Insane asylums in Bengal annual reports 1876-1887 - 1876-1887
Year: 1876
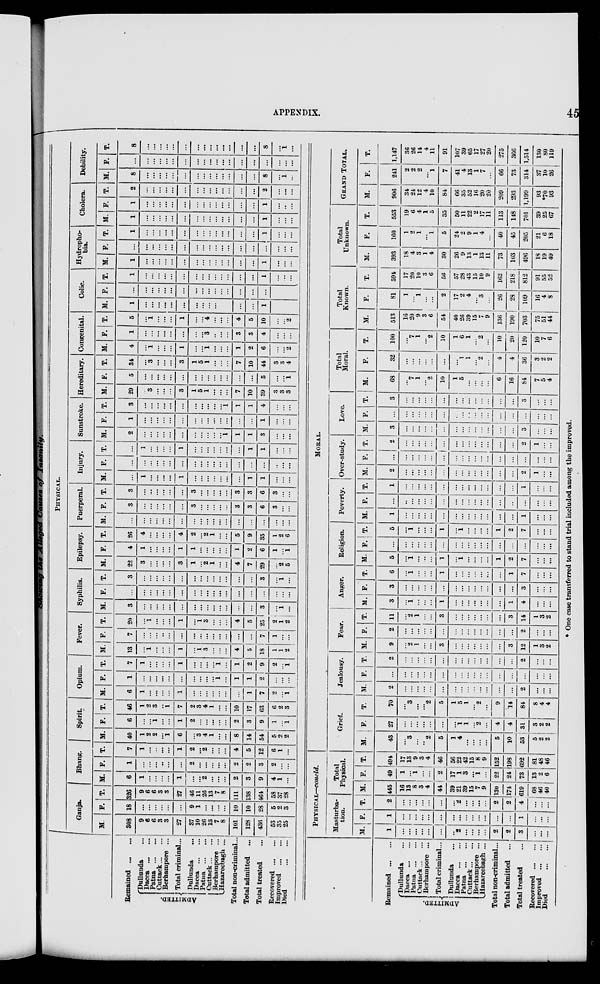
APPENDIX.
45
Showing the Alleged Causes of Insanity.
Remained
...
...
ADMITTED.
Dullunda ...
Dacca ... ...
Patna ... ...
Cuttack ... ...
Berhampore ...
Total criminal...
Dullunda ...
Dacca ... ...
Patna
...
...
Cuttack ... ...
Berhampore ...
Hazareebagh ...
Total non-criminal...
Total admitted ...
Total treated ...
Recovered
...
...
Improved
...
...
Died
...
...
PHYSICAL.
Ganja.
M.
308
9
6
6
3
3
27
37
10
26
13
7
8
101
128
436
53
35
25
F.
18
...
...
...
...
...
...
9
1
...
...
...
...
10
10
28
5
2
3
T.
326
9
6
6
3
3
27
46
11
26
13
7
8
111
138
464
58
37
28
Bhang.
M.
6
1
...
...
...
...
1
...
...
2
...
...
...
2
3
9
4
1
...
F.
1
...
...
...
...
...
...
2
...
...
...
...
...
2
2
3
2
...
...
T.
7
1
...
...
...
...
1
2
...
2
...
...
...
4
5
12
6
1
...
Spirit.
M.
40
1
2
2
...
1
6
...
3
4
1
...
...
8
14
54
5
2
2
F.
6
...
...
1
...
...
1
2
...
...
...
...
...
2
3
9
1
...
1
T.
46
1
2
3
...
1
7
2
3
4
1
...
...
10
17
63
6
2
3
Opium.
M.
6
1
...
...
...
...
1
...
...
...
...
...
...
...
1
7
2
...
1
F.
1
...
...
...
...
...
...
...
...
...
...
1
...
1
1
2
...
...
...
T.
7
1
...
...
...
...
1
...
...
...
...
1
...
1
2
9
2
...
1
Fever.
M.
13
...
1
...
...
...
1
...
1
3
...
...
...
4
5
18
1
1
2
F.
7
...
...
...
...
...
...
...
...
...
...
...
...
...
...
7
1
...
...
T.
20
...
1
...
...
...
1
...
1
3
...
...
...
4
5
25
2
1
2
Syphilis.
M.
3
...
...
...
...
...
...
...
...
...
...
...
...
...
...
3
...
1
...
F.
...
...
...
...
...
...
...
...
...
...
...
...
...
...
...
...
...
...
...
T.
3
...
...
...
...
...
...
...
...
...
...
...
...
...
...
3
...
1
...
Epilepsy.
M.
22
3
...
...
...
...
3
1
...
2
1
...
...
4
7
29
...
2
5
F.
4
1
...
...
...
...
1
1
...
...
...
...
...
1
2
6
1
...
1
T.
26
4
...
...
...
...
4
2
...
2
1
...
...
5
9
35
1
2
6
Puerperal.
M.
...
...
...
...
...
...
...
...
...
...
...
...
...
...
...
...
...
...
...
F.
3
...
...
...
...
...
...
3
...
...
...
...
...
3
3
6
3
...
...
T.
3
...
...
...
...
...
...
3
...
...
...
...
...
3
3
6
3
...
...
Injury.
M.
...
1
...
...
...
...
1
...
...
...
...
...
...
...
1
1
...
...
...
F.
...
...
...
...
...
...
...
...
...
...
...
...
...
...
...
...
...
...
...
T.
...
1
...
...
...
...
1
...
...
...
...
...
...
1
1
...
...
...
Sunstroke.
M.
2
...
...
...
...
...
...
...
...
...
...
...
1
1
1
3
...
...
...
F.
1
...
...
...
...
...
...
...
...
...
...
...
...
...
...
1
...
...
...
T.
3
...
...
...
...
...
...
...
...
...
...
...
1
1
1
4
...
...
...
Hereditary.
M.
29
...
3
...
...
...
3
1
5
1
...
...
...
7
10
39
3
3
3
F.
5
...
...
...
...
...
...
...
...
...
...
...
...
...
...
5
...
...
1
T.
34
...
3
...
...
...
3
1
5
1
...
...
...
7
10
44
3
3
4
Congenital.
M.
4
...
1
...
...
...
1
...
...
1
...
...
...
1
2
6
...
...
2
F.
1
...
...
...
...
...
...
...
...
3
..
...
...
3
3
4
...
...
...
T.
5
...
1
...
...
...
1
...
...
4
...
...
...
4
5
10
...
...
2
Colic.
M.
1
...
...
...
...
...
...
...
...
...
...
...
...
1
F.
...
...
...
...
...
...
...
...
...
...
...
...
...
...
...
T.
1
...
...
...
...
...
...
...
...
...
...
...
...
...
...
1
...
...
...
Hydropho-
bia.
M.
1
...
...
...
...
...
...
...
...
...
...
...
...
...
...
1
...
...
...
F.
...
...
...
...
...
...
...
...
...
...
...
...
...
...
...
...
...
...
...
T.
1
...
...
...
...
...
...
...
...
...
...
...
...
...
...
1
...
...
...
Cholera.
M.
1
...
...
...
...
...
...
...
...
...
...
...
...
...
...
1
...
...
...
F.
1
...
...
...
...
...
...
...
...
...
...
...
...
...
...
1
...
...
...
T.
2
...
...
...
...
...
...
...
...
...
...
...
...
...
...
2
...
...
...
Debility.
M.
8
...
...
...
...
...
...
...
...
...
...
...
...
...
...
8
...
1
...
F.
...
...
...
...
...
...
...
...
...
...
...
...
...
...
...
...
...
...
...
T.
8
...
...
...
...
...
...
...
...
...
...
...
...
...
...
8
...
1
...
Remained
...
...
ADMITTED.
Dullunda ...
Dacca
...
...
Patna
...
...
Cuttack ... ...
Berhampore ...
Total criminal...
Dullunda ... ...
Dacca
...
...
Patna
...
...
Cuttack ... ...
Berhampore ...
Hazareebagh ...
Total non-criminal...
Total admitted
...
Total treated ... ...
Recovered
...
...
Improved
...
...
Died
...
...
PHYSICAL—concld.
Masturba-
tion.
M.
1
...
...
...
...
...
...
...
2
...
...
...
...
2
2
3
...
...
...
F.
1
...
...
...
...
...
...
...
...
...
...
...
...
...
...
1
...
...
...
T.
2
...
...
...
...
...
...
...
2
...
...
...
...
2
2
4
...
...
...
Total
Physical.
M.
445
16
13
8
3
4
44
39
21
39
15
7
9
130
174
619
68
46
40
F.
49
1
...
1
...
...
2
17
1
3
...
1
...
22
24
73
13
2
6
T.
494
17
13
9
3
4
46
56
22
42
15
8
9
152
198
692
81
48
46
MORAL.
Grief.
M.
43
...
3
...
...
2
5
1
4
...
...
...
...
5
10
53
5
2
2
F.
27
...
...
...
...
...
...
...
1
1
...
2
...
4
4
31
3
2
2
T.
70
...
3
...
...
2
5
1
5
1
...
2
...
9
14
84
8
4
4
Jealousy.
M.
2
...
...
...
...
...
...
...
...
...
...
...
...
...
...
2
...
...
...
F.
...
...
...
...
...
...
...
...
...
...
...
...
...
...
...
...
...
...
...
T.
2
...
...
...
...
...
...
...
...
...
...
...
...
...
...
2
...
...
...
Fear.
M.
9
...
2
1
...
...
3
...
...
...
...
...
...
...
3
12
1
3
2
F.
2
...
...
...
...
...
...
...
...
...
...
...
...
...
...
2
...
...
...
T.
11
...
2
1
...
...
3
...
...
...
...
...
...
...
3
14
1
3
2
Anger.
M.
3
...
1
...
...
...
1
...
...
...
...
...
...
...
1
4
...
...
...
F.
3
...
...
...
...
...
...
...
...
...
...
...
...
...
...
3
...
...
...
T.
6
...
1
...
...
...
1
...
...
...
...
...
...
...
1
7
...
...
...
Religion.
M.
5
...
1
...
...
...
1
...
1
...
...
...
...
1
2
7
...
...
...
F.
...
...
...
...
...
...
...
...
...
...
...
...
...
...
...
...
...
...
...
T.
5
...
1
...
...
...
1
...
1
...
...
...
...
1
2
7
...
...
...
Poverty.
M.
1
...
...
...
...
...
...
...
...
...
...
...
...
...
...
1
...
...
...
F.
...
...
...
...
...
...
...
...
...
...
...
...
...
...
...
...
...
...
...
T.
1
...
...
...
...
...
...
...
...
...
...
...
...
...
...
1
...
...
...
Over-study.
M.
2
...
...
...
...
...
...
...
...
...
...
...
...
...
...
2
1
...
...
F.
...
...
...
...
...
...
...
...
...
...
...
...
...
...
...
...
...
...
...
T.
2
...
...
...
...
...
...
...
...
...
...
...
...
...
...
2
1
...
...
Love.
M.
3
...
...
...
...
...
...
...
...
...
...
...
...
...
...
3
...
...
...
F.
...
...
...
...
...
...
...
...
...
..
...
...
...
...
...
...
...
...
...
T.
3
...
...
...
...
...
...
...
...
...
...
...
...
...
...
3
...
...
...
Total
Moral.
M.
68
...
7
1
...
2
10
1
5
...
...
...
...
6
16
84
7
5
4
F.
32
...
...
...
...
...
...
...
1
1
...
2
...
4
4
36
3
2
2
T.
100
...
7
1
...
2
10
1
6
1
...
2
...
10
20
120
10
7
6
Total
Known.
M.
513
16
20
9
3
6
54
40
26
39
15
7
9
136
190
703
75
51
44
F.
81
1
...
1
...
...
2
17
2
4
...
3
...
26
28
109
16
4
8
T.
594
17
20
10
3
6
56
57
28
43
15
10
9
162
218
812
91
55
52
Total
Unknown.
M.
393
18
4
3
1
4
30
26
9
13
1
13
11
73
103
496
18
19
49
F.
160
1
2
1
...
1
5
24
2
9
1
4
...
40
45
205
21
6
18
T.
553
19
6
4
1
5
35
50
11
22
2
17
11
113
148
701
39
25
67
GRAND TOTAL.
M.
906
34
24
12
4
10
84
66
35
52
16
20
20
209
293
1,199
93
*70
93
F.
241
2
2
2
...
1
7
41
4
13
1
7
...
66
73
314
37
10
26
T.
1,147
36
26
14
4
11
91
107
39
65
17
27
20
275
366
1,514
130
80
119
* One case transferred to stand trial included among the improved.